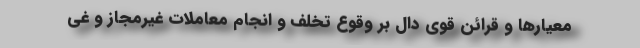
معیارها و قرائن قوی دال بر وقوع تخلف و انجام معاملات غیرمجاز و غی